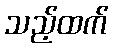
သည့်ထက်